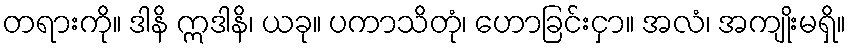
တရားကို။ ဒါနိ ဣဒါနိ၊ ယခု။ ပကာသိတုံ၊ ဟောခြင်းငှာ။ အလံ၊ အကျိုးမရှိ။